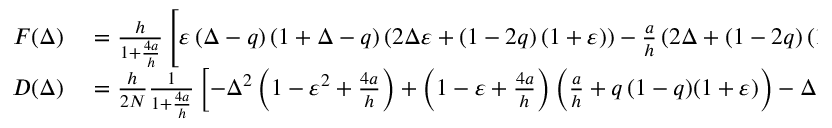
\begin{array} { r l } { F ( \Delta ) } & { { } = \frac { h } { 1 + \frac { 4 a } { h } } \left[ \varepsilon \left( \Delta - q \right) \left( 1 + \Delta - q \right) \left( 2 \Delta \varepsilon + \left( 1 - 2 q \right) ( 1 + \varepsilon ) \right) - \frac { a } { h } \left( 2 \Delta + \left( 1 - 2 q \right) ( 1 + \varepsilon ) \right) - 4 \left( \frac { a } { h } \right) ^ { 2 } \left( 2 \Delta + 1 - 2 q \right) \right] , } \\ { D ( \Delta ) } & { { } = \frac { h } { 2 N } \frac { 1 } { 1 + \frac { 4 a } { h } } \left[ - \Delta ^ { 2 } \left( 1 - \varepsilon ^ { 2 } + \frac { 4 a } { h } \right) + \left( 1 - \varepsilon + \frac { 4 a } { h } \right) \left( \frac { a } { h } + q \thinspace ( 1 - q ) ( 1 + \varepsilon ) \right) - \Delta \left( 1 - 2 q \right) \left( 1 - \varepsilon ^ { 2 } + ( 2 + \varepsilon ) \frac { 2 a } { h } \right) \right] , } \end{array}